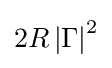
2R\left|\Gamma \right|^{2}